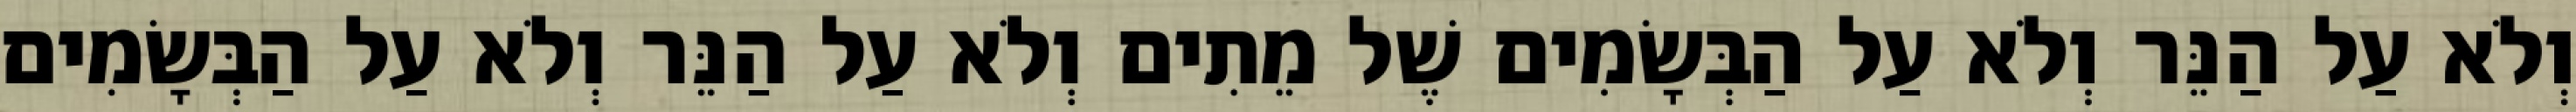
וְלֹא עַל הַנֵּר וְלֹא עַל הַבְּשָׂמִים שֶׁל מֵתִים וְלֹא עַל הַנֵּר וְלֹא עַל הַבְּשָׂמִים